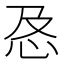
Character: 㤂